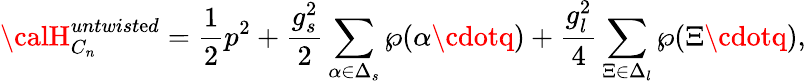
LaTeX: {\calH}_{C_{n}}^{untwist\mathrm{e}d}={\frac{{1}}{{2}}}p^{2}+{\frac{{g_{s}^{2}}}{{2}}}\sum_{\alpha\in\Delta_{s}}\wp(\alpha\cdotq)+{\frac{{g_{l}^{2}}}{{4}}}\sum_{\Xi\in\Delta_{l}}\wp(\Xi\cdotq),